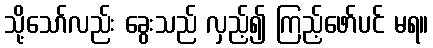
သို့သော်လည်း ခွေးသည် လှည့်၍ ကြည့်ဖော်ပင် မရ။